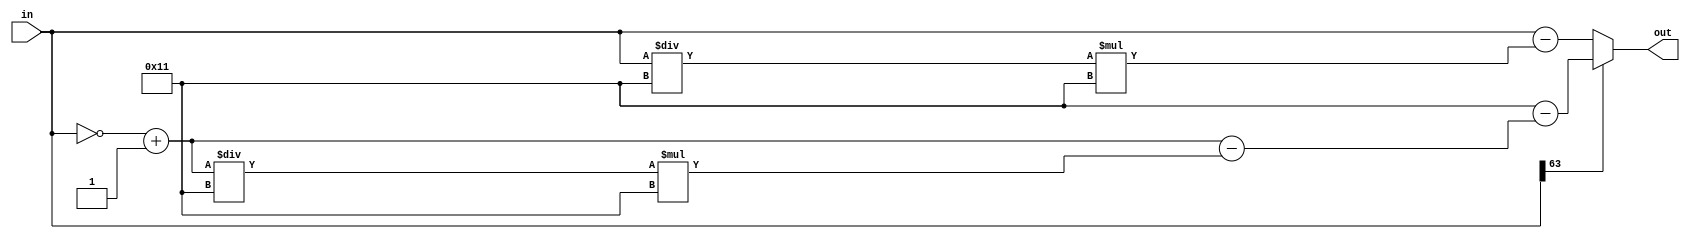
//////////////////////////////////////////////////////////////////////////////////
// Company: 
// 
// Design Name: 
// Module Name:    mod17 
// Project Name: 
// Target Devices: 
// Tool versions: 
// Description: 
//
// Dependencies: 
//
// Revision: 
// Revision 0.01 - File Created
// Additional Comments: 
//
//////////////////////////////////////////////////////////////////////////////////
`timescale 1ns / 1ps
`define dataWidth 64
module mod17(
	input wire[`dataWidth-1:0] in,
	output reg[`dataWidth-1:0] out
    );

reg [63:0] div;

always@(*)
begin
	if(in[`dataWidth-1]==1)
	begin
		// modulo of negative number
		div = (~in+1)/17;
		out = 17-((~in+1)-div*17);
	end
	else
	begin
		// modulo of positive number
		div = in/17;
		out = in-div*17;
	end
end
endmodule